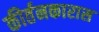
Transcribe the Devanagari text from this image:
कीर्तनकारास